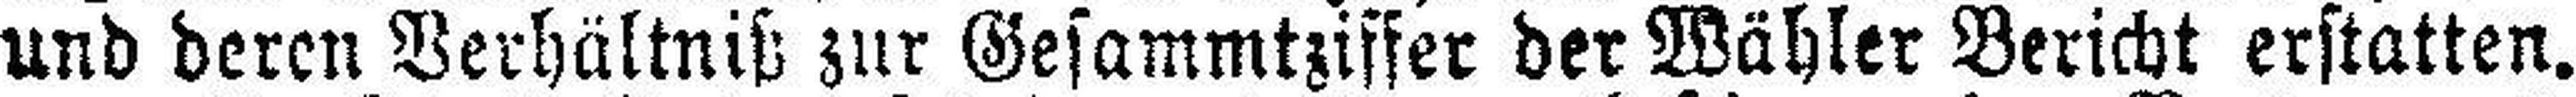
und deren Verhältniß zur Gesammtziffer der Wähler Bericht erstatten.